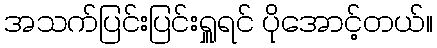
အသက်ပြင်းပြင်းရှူရင် ပိုအောင့်တယ်။